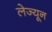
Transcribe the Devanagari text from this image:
लेज्यून